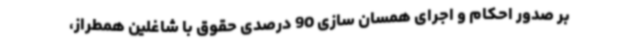
بر صدور احکام و اجرای همسان سازی 90 درصدی حقوق با شاغلین همطراز،